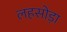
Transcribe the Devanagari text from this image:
लहसोड़ा